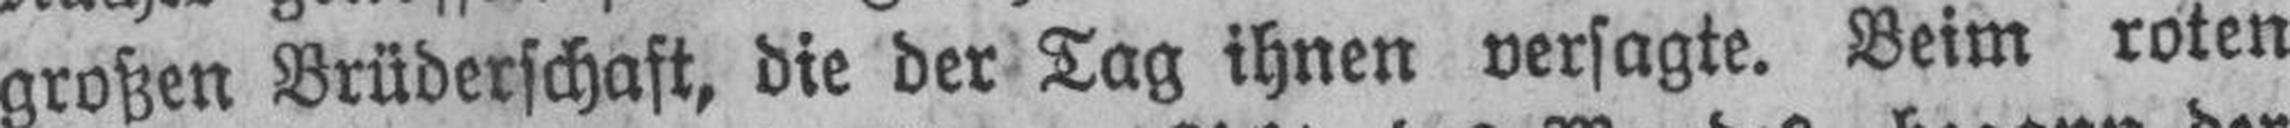
großen Brüderschaft, die der Tag ihnen versagte. Beim roten